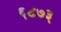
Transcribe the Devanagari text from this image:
६८७३